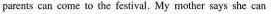
pareats can come to the festival. My mother says she can